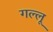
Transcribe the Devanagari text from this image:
गल्लू